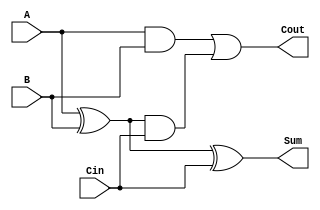
module CarryLookaheadFullAdder (
    input wire A,      // First input bit
    input wire B,      // Second input bit
    input wire Cin,    // Carry input
    output wire Sum,   // Sum output
    output wire Cout   // Carry output
);

    // Intermediate signals
    wire G;           // Generate signal
    wire P;           // Propagate signal
    wire C1;          // Intermediate carry output

    // Generate and Propagate calculations
    assign G = A & B;          // Generate: G = A AND B
    assign P = A ^ B;          // Propagate: P = A XOR B

    // Carry output calculation
    assign C1 = G | (P & Cin); // C1 = G OR (P AND Cin)
    assign Cout = C1;          // Final carry output

    // Sum calculation
    assign Sum = P ^ Cin;      // Sum: Sum = P XOR Cin

endmodule